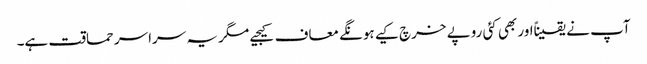
آپ نے یقیناًاور بھی کئی روپے خرچ کیے ہونگے معاف کیجیے مگر یہ سراسر حماقت ہے۔